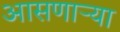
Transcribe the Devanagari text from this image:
आसणाऱ्या